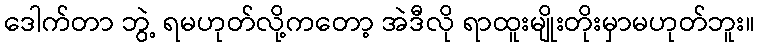
ဒေါက်တာ ဘွဲ့ ရမဟုတ်လို့ကတော့ အဲဒီလို ရာထူးမျိုးတိုးမှာမဟုတ်ဘူး။